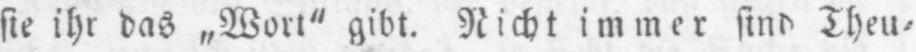
sie ihr das „Wort” gibt. Nicht immer sind Theu⸗